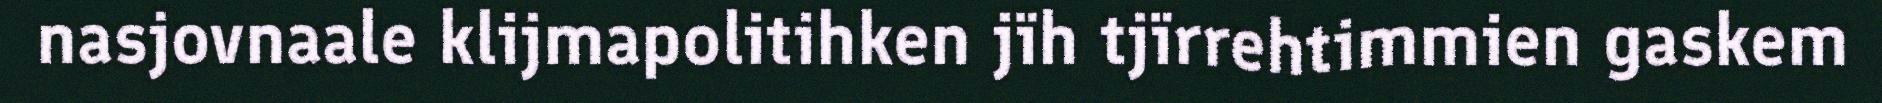
nasjovnaale klijmapolitihken jïh tjïrrehtimmien gaskem